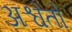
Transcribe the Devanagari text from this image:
अश्वेतो